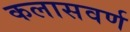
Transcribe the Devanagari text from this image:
कलासवर्ण